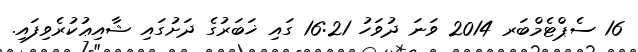
16 ސެޕްޓެމްބަރ 2014 ވަނަ ދުވަހު 16:21 ގައި ޚަބަރުގެ ދަށުގައި ޝާއިޢުކުރެވިފައި.